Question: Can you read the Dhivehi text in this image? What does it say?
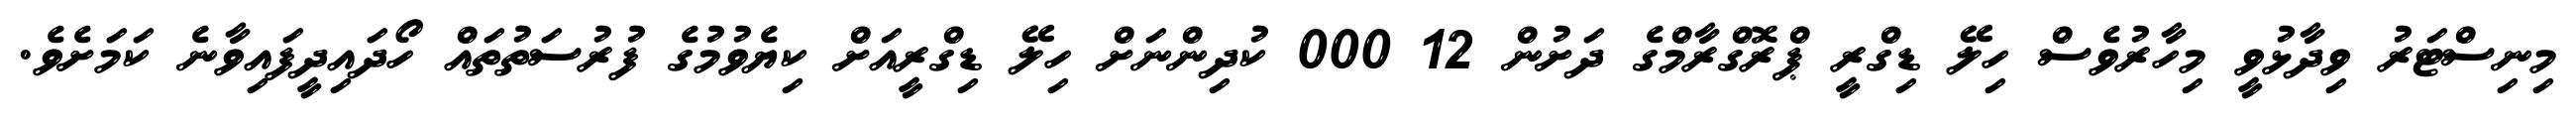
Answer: މިނިސްޓަރު ވިދާޅުވީ މިހާރުވެސް ހިލޭ ޑިގްރީ ޕްރޮގްރާމްގެ ދަށުން 12 000 ކުދިންނަށް ހިލޭ ޑިގްރީއަށް ކިޔެވުމުގެ ފުރުސަތުތައް ހޯދައިދީފައިވާނެ ކަމަށެވެ.